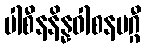
ပါစီနနိန္နဝါစနမဂ္ဂီ